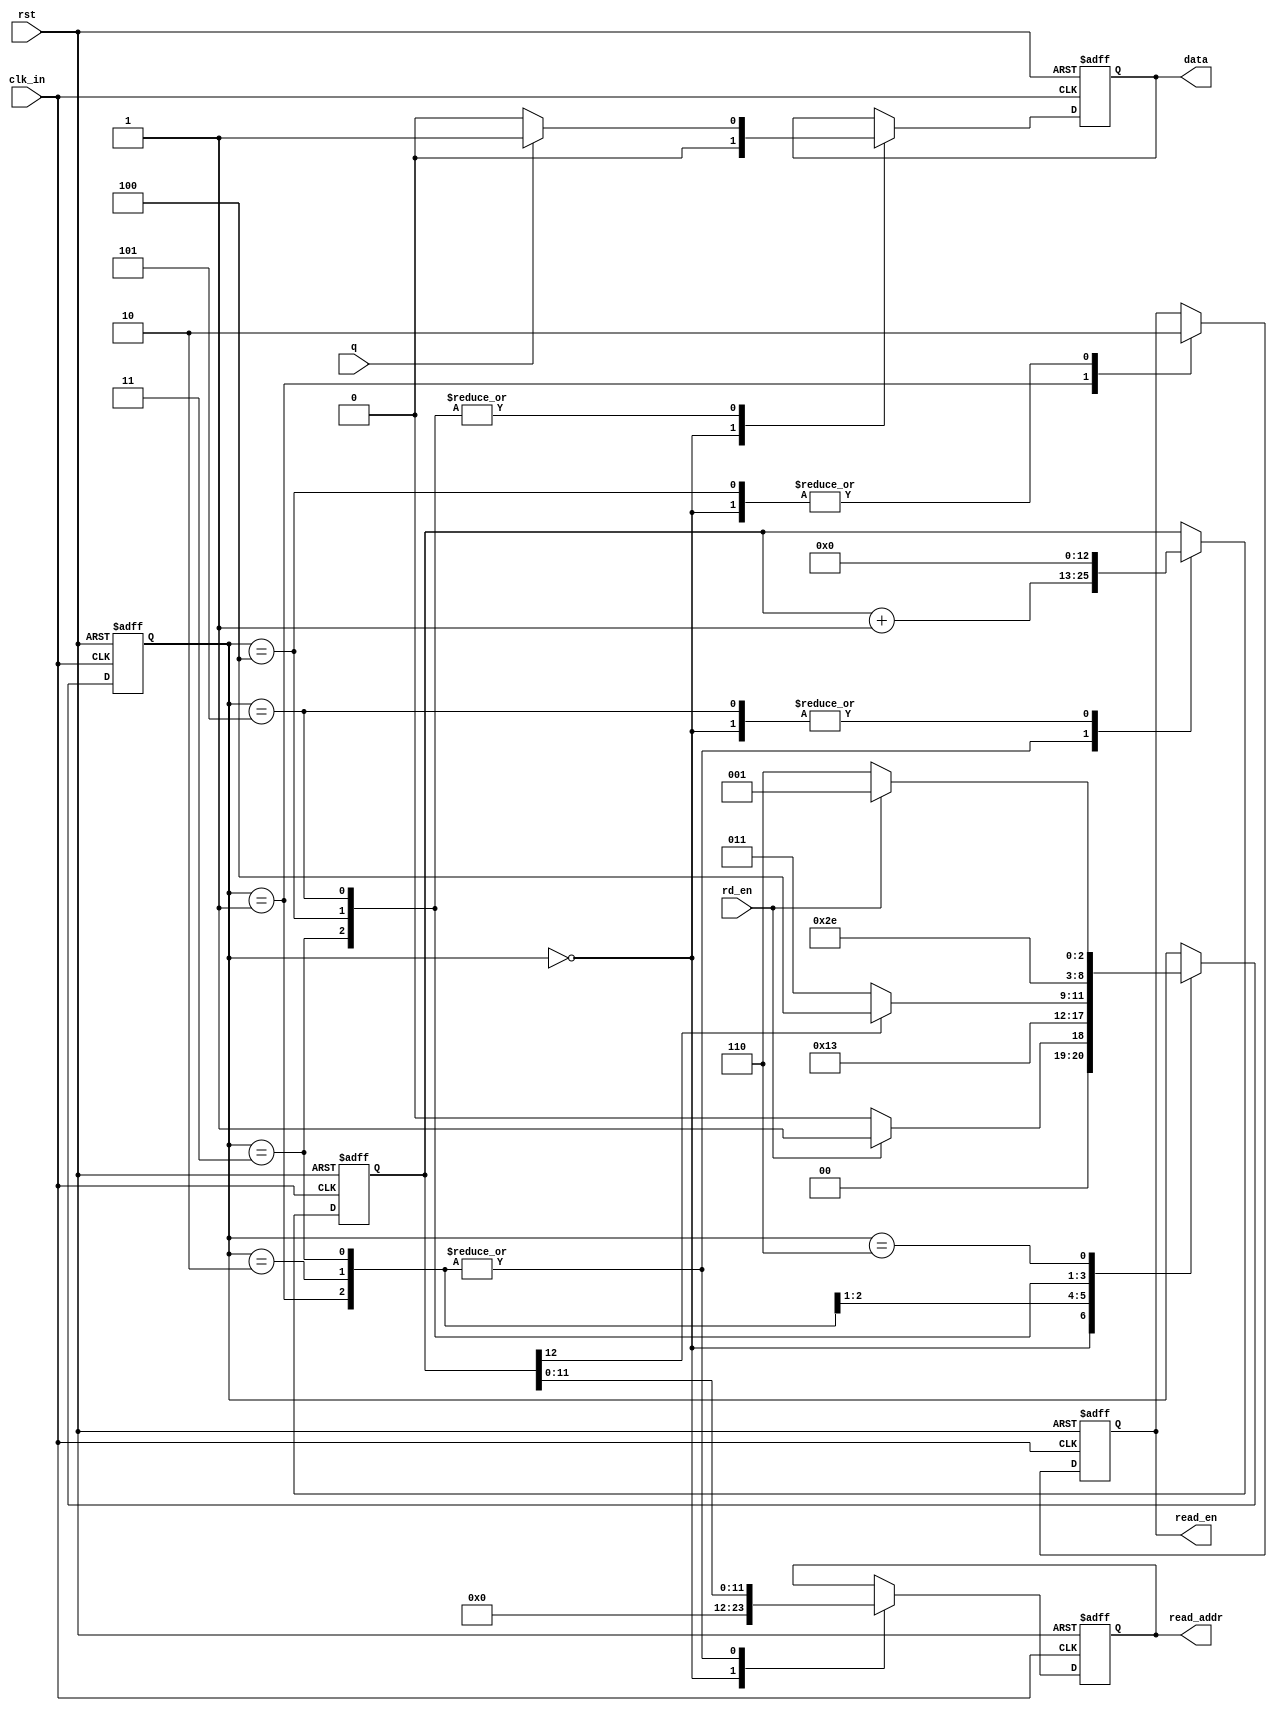
`timescale 1ns / 1ps
module module_ram(
	input clk_in,
	input rst,
	input q,
	input rd_en,
	output [11:0] read_addr,
	output data,
	output read_en
	);
	
	reg [11:0] read_addr_out;
	assign read_addr = read_addr_out;
	reg read_en_out;
	assign read_en = read_en_out;
	reg [12:0] counter;
	reg data_out;
	assign data = data_out;
	wire flag;
	assign flag = counter[12];
	reg [2:0] state;
	parameter IDLE = 3'b000;
	parameter GET1 = 3'b001;
	parameter GET2 = 3'b010;
	parameter COM = 3'b011;
	parameter COM1 = 3'b100;
	parameter FIN = 3'b101;
	parameter WAIT = 3'b110;
	
	initial
		begin
			read_addr_out = 12'b0;
			read_en_out = 0;
			counter = 13'b0;
			state = IDLE;
			data_out = 0;
		end
	always@(posedge clk_in or posedge rst)
		begin
			if(rst)
				begin
					read_addr_out <= 12'b0;
					read_en_out <= 0;
					counter <= 13'b0;
					state <= IDLE;
					data_out <= 0;
				end
			else
				begin
					case(state)
						IDLE:
							begin
								read_addr_out <= 12'b0;
								read_en_out <= 0;
								counter <= 13'b0;
								data_out <= 0;
								if(rd_en)
									begin
										state <= GET1;
									end
								else
									state <= IDLE;
							end
						GET1:
							begin
								read_en_out <= 1;
								read_addr_out <= counter[11:0];
								state <= GET2;
								counter <= counter + 1;
							end
						GET2:	
							begin
								read_addr_out <= counter[11:0];
								counter <= counter + 1;
								state <= COM;
							end
						COM:
							begin
								read_addr_out <= counter[11:0];
								counter <= counter + 1;
								if(q)
									data_out <= 1;
								else
									data_out <= 0;
								if(flag)
									state <= COM1;
								else	
									state <= COM;
							end
						COM1:
							begin
								read_en_out <= 0;
								if(q)
									data_out <= 1;
								else
									data_out <= 0;
								state <= FIN;
							end
						FIN:
							begin
								if(q)
									data_out <= 1;
								else
									data_out <= 0;
								counter <= 13'b0;
								state <= WAIT;
							end
						WAIT:
							begin
								if(rd_en)
									state <= GET1;
								else
									state <= WAIT;
							end
					endcase
				end
		end

endmodule